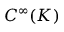
C ^ { \infty } ( K )